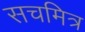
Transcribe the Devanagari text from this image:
सचमित्र